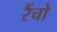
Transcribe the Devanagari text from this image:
रैंचो